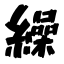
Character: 繰